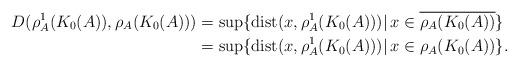
LaTeX: \begin{align*}D(\rho_A^1(K_0(A)), \rho_A(K_0(A)))&=\sup\{ {\rm dist}(x,\rho_A^1(K_0(A)))\vert\, x\in\overline{\rho_A(K_0(A))}\}\\&=\sup\{ {\rm dist}(x,\rho_A^1(K_0(A)))\vert\, x\in \rho_A(K_0(A))\}.\end{align*}